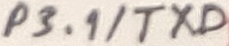
Text: P3.1/TXD